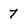
Character: 7